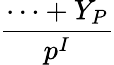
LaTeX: \frac{\cdots+Y_{P}}{p^{I}}